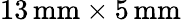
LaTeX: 13\, \mathrm{mm}\times 5\, \mathrm{mm}